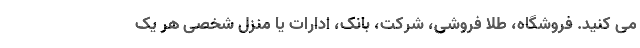
می ­کنید. فروشگاه، طلا فروشی، شرکت، بانک، ادارات یا منزل شخصی هر یک